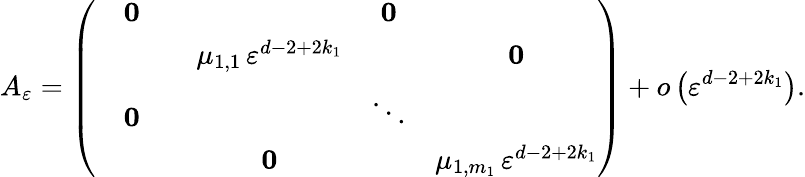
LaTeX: A_{\varepsilon}=\left(\begin{array}{cccccc}&{\mathbf 0}&&&{\mathbf 0}&\\ &&&{\mu_{1,1}\, \varepsilon^{d-2+2k_{1}}}&&{\mathbf 0}\\ &{\mathbf 0}&&&{\ddots}&\\ &&&{\mathbf 0}&&{\mu_{1,m_{1}}\, \varepsilon^{d-2+2k_{1}}}\end{array}\right)+o\left(\varepsilon^{d-2+2k_{1}}\right).